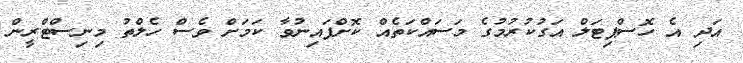
އަދި އެ ހޮސްޕިޓަލް އަގުކުރުމުގެ މަސައްކަތެއް ކޮށްފައިނުވާ ކަމަށް ވެސް ހެލްތު މިނިސްޓްރީން